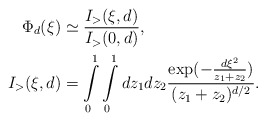
\begin{align*}\Phi_d(\xi) & \simeq \frac{I_> (\xi,d)}{I_> (0,d)}, \\ I_>(\xi,d) & = \int\limits_0^1 \int\limits_0^1 dz_1 dz_2\frac{\exp(-\frac{d\xi^2}{z_1+z_2})}{(z_1+z_2)^{d/2}}. \\\end{align*}